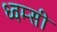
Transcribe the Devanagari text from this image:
ध्वम्सी